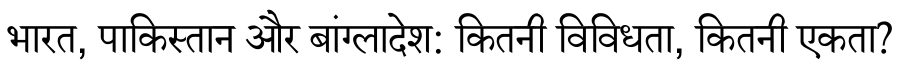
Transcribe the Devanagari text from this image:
भारत, पाकिस्तान और बांग्लादेश: कितनी विविधता, कितनी एकता?